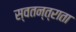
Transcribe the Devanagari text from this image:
स्वतन्त्राता